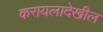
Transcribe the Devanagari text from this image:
करायलादेखील